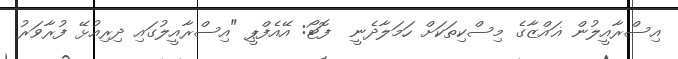
އިސްރާއީލުން ޣައްޒާގެ މިސްކިތަކަށް ހަމަލާދެނީ  ފޮޓޯ: އޭއެފްޕީ "އިސްރާއީލުގައި ދިރިއުޅޭ ފުރާވަރު